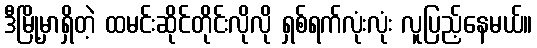
ဒီမြို့မှာရှိတဲ့ ထမင်းဆိုင်တိုင်းလိုလို ရှစ်ရက်လုံးလုံး လူပြည့်နေမယ်။